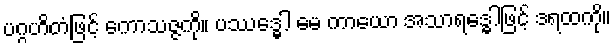
ပဂ္ဂဟိတံဖြင့် ကောသဇ္ဇကို။ ပဿဒ္ဓေါ မေ ကာယော အသာရဒ္ဓေါဖြင့် ဒရထကို။